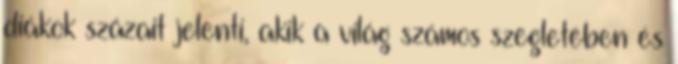
diákok százait jelenti, akik a világ számos szegletében és